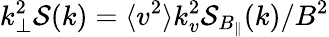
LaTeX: k_{\perp}^{2}\mathcal{S}(k)=\langle v^{2}\rangle k_{v}^{2}\mathcal{S}_{B_{\| }}(k)/B^{2}